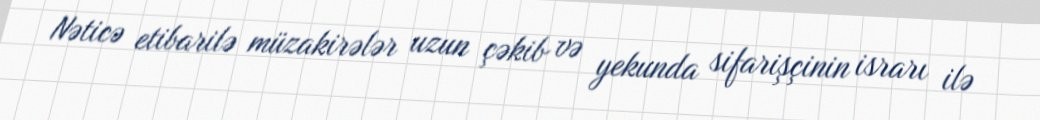
Nəticə etibarilə müzakirələr uzun çəkib və yekunda sifarişçinin israrı ilə